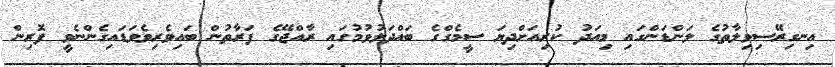
އިނގިރޭސިވިލާތުގެ ލަންޑަންގައި މިއަދު ކުރިއަށްދިޔަ ސީމެގްގެ ބައްދަލުވުމުގައި ރާއްޖޭގެ ފަރާތުން ބައިވެރިވެވަޑައިގެންނެވީ ފޮރިން